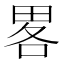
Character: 畧